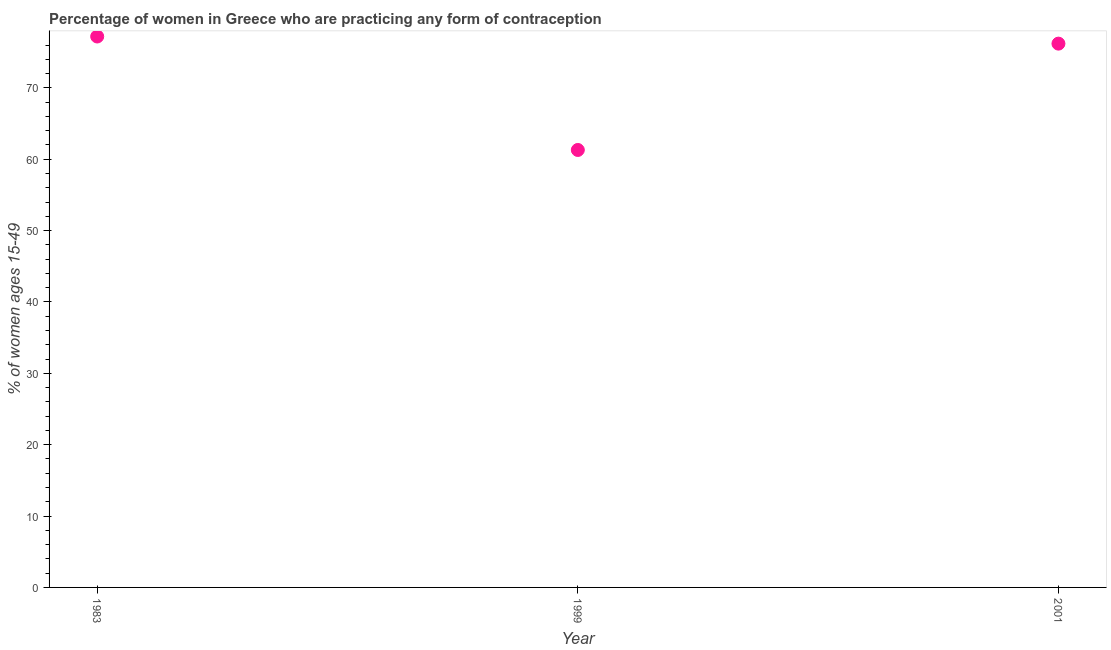
| Year | Contraceptive prevalence |
 | --- | --- |
 | 1983 | 77.2 |
 | 1999 | 61.3 |
 | 2001 | 76.2 |